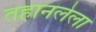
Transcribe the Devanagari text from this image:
तहानलेला